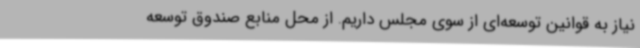
نیاز به قوانین توسعه‌ای از سوی مجلس داریم. از محل منابع صندوق توسعه